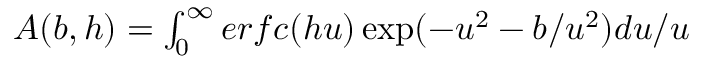
\begin{array} { r } { A ( b , h ) = \int _ { 0 } ^ { \infty } e r f c ( h u ) \exp ( - u ^ { 2 } - b / u ^ { 2 } ) d u / u } \end{array}